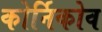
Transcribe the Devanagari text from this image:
कोर्निकोव